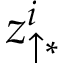
z _ { \uparrow \ast } ^ { i }